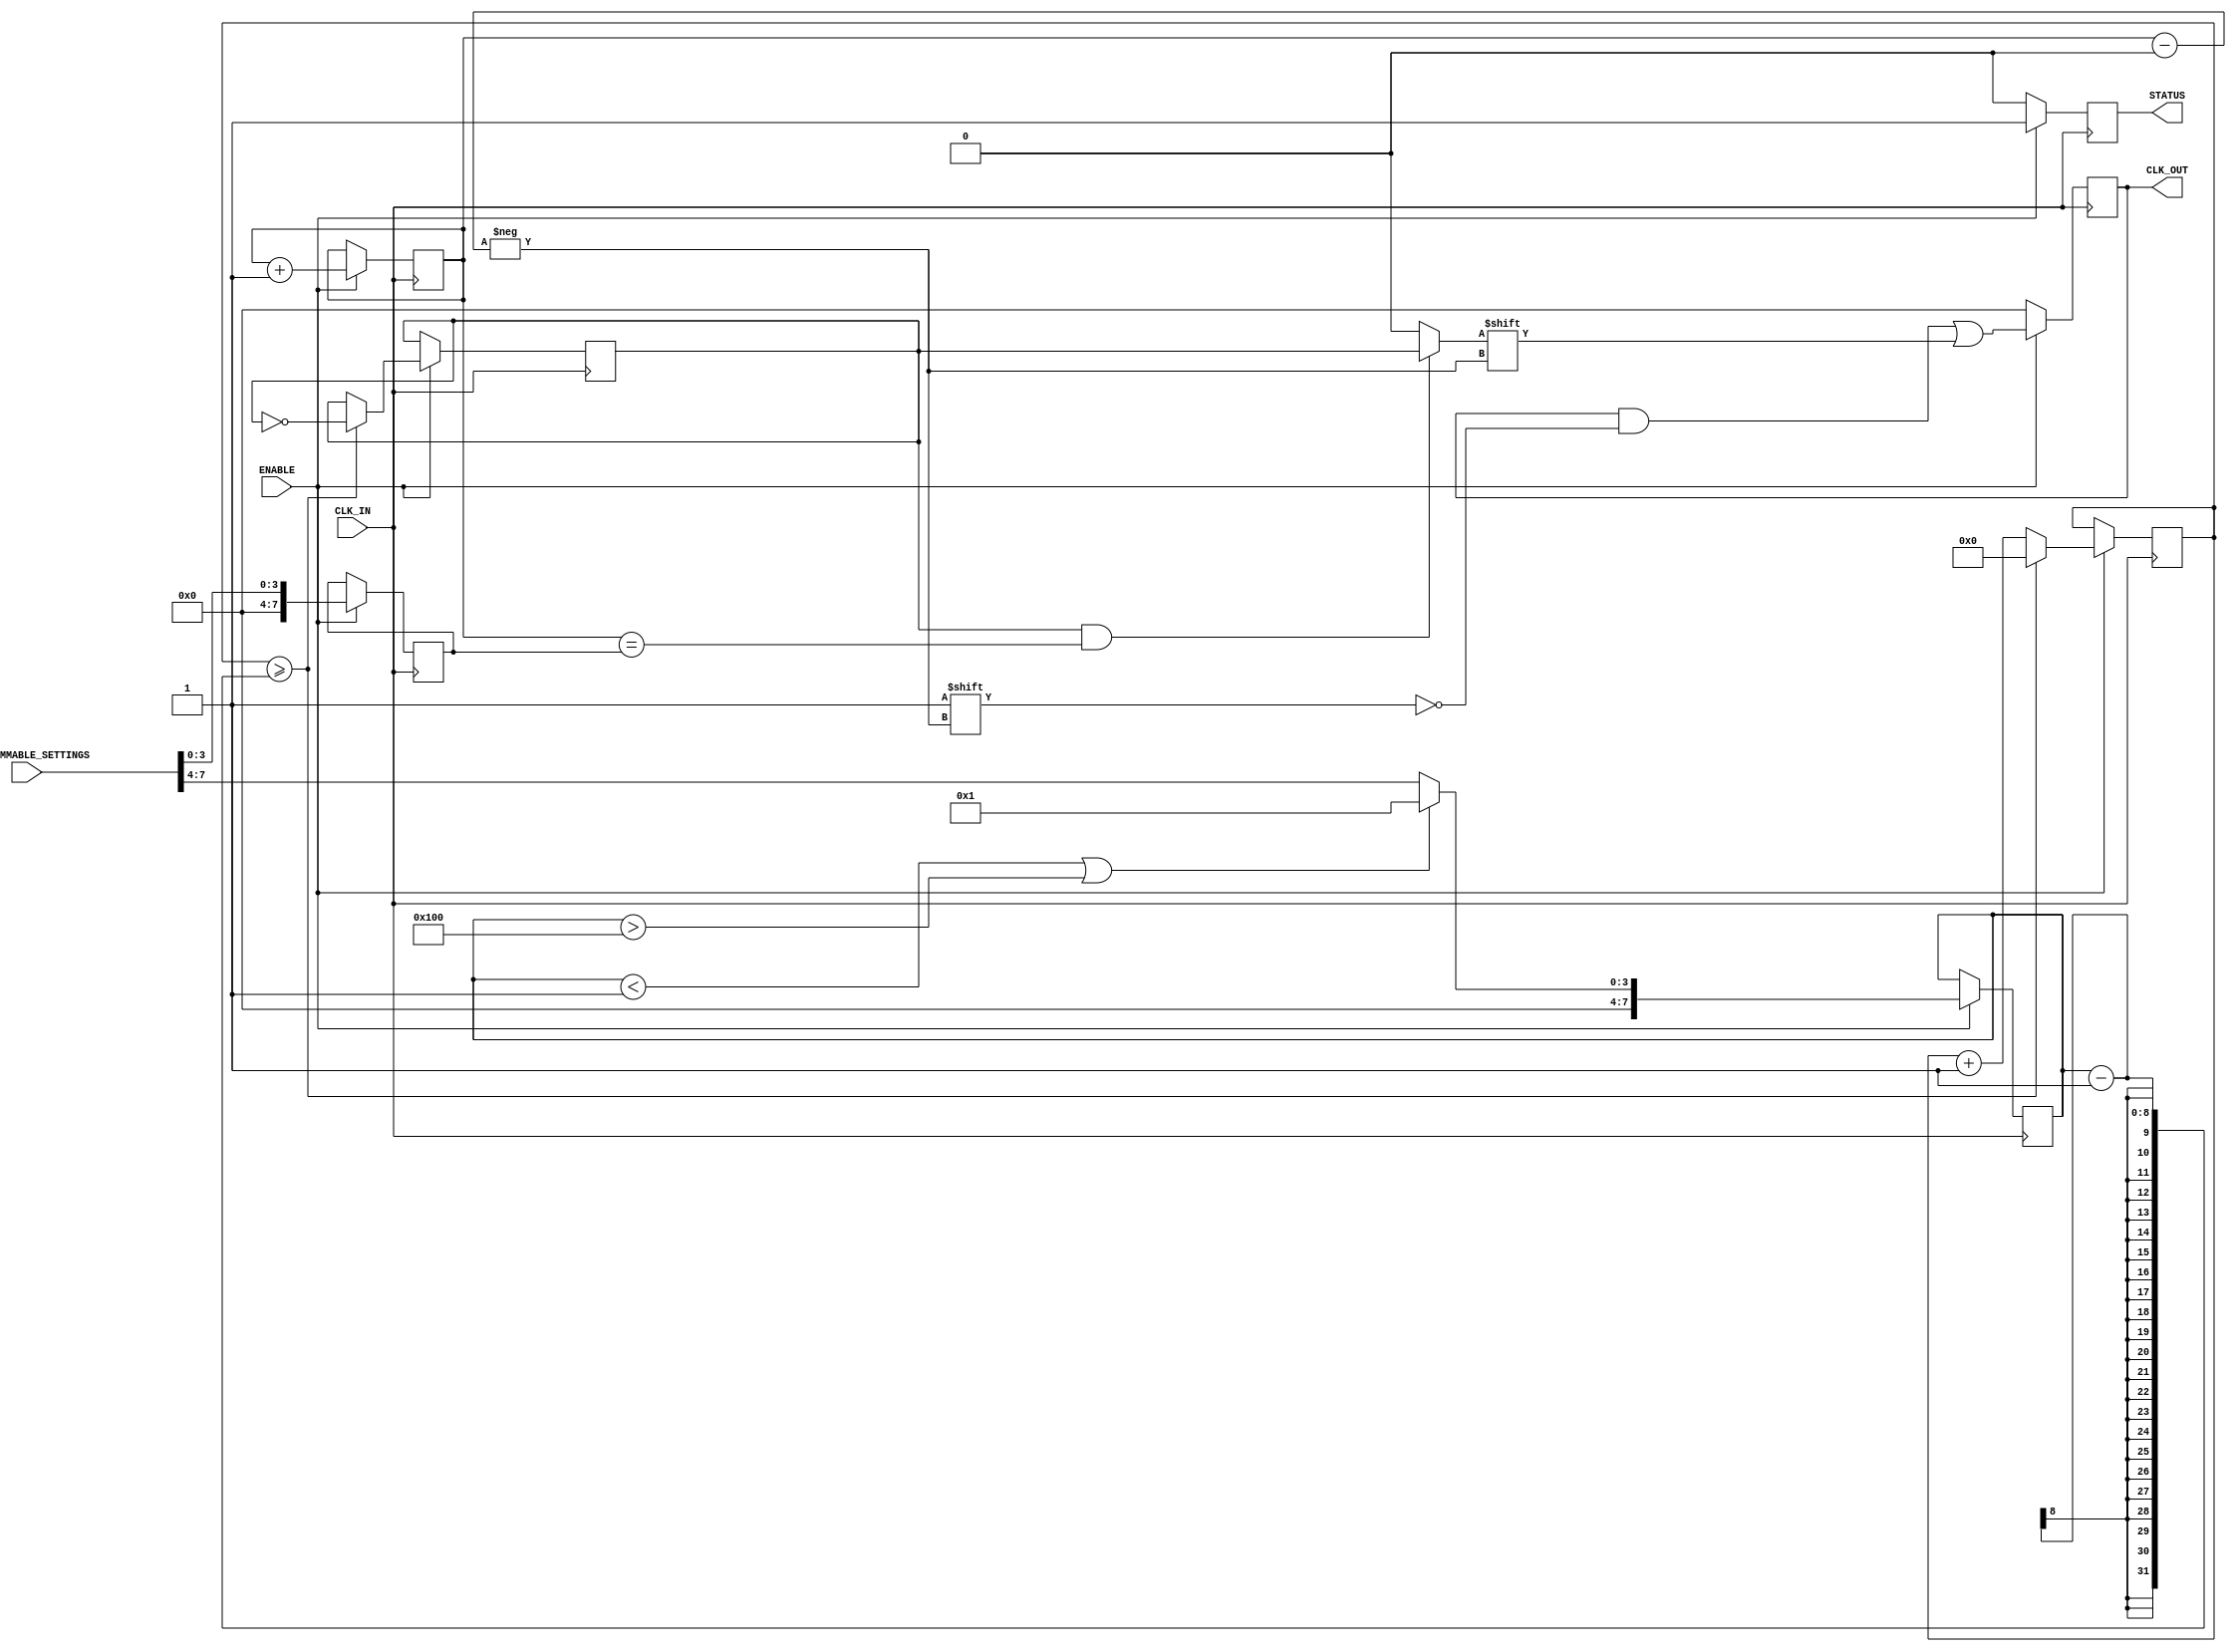
module programmable_clock_buffer (
    input wire CLK_IN,                    // Input clock signal
    input wire [7:0] PROGRAMMABLE_SETTINGS, // Control signals for divider (# of cycles) and phase
    input wire ENABLE,                    // Enable/Disable control
    output reg [3:0] CLK_OUT,             // Output clock signals (4 output)
    output reg STATUS                     // Operational status signal
);
    
    reg [7:0] divider;                   // Variable to hold the division factor
    reg [7:0] count;                     // Counter for clock division
    reg [7:0] phase_shift;               // Phase shift adjustment
    reg clk_div;                         // Divided clock signal
    reg [1:0] state;                     // State variable for clock output
    
    // Parameters
    parameter MAX_DIVIDER = 256;        // Maximum division factor
    parameter MIN_DIVIDER = 1;          // Minimum division factor (not zero)
    
    always @(posedge CLK_IN) begin
        if (ENABLE) begin
            // Parse programmable settings: [7:4] = divider, [3:0] = phase shift
            divider <= PROGRAMMABLE_SETTINGS[7:4];
            phase_shift <= PROGRAMMABLE_SETTINGS[3:0];
            STATUS <= 1; // Indicate that the clock buffer is enabled
            
            // Clock division logic
            if (divider < MIN_DIVIDER || divider > MAX_DIVIDER)
                divider <= MIN_DIVIDER; // Clamp divider to valid range
            
            // Counting for clock division
            count <= count + 1;
            if (count >= (divider - 1)) begin
                clk_div <= ~clk_div; // Toggle divided clock
                count <= 0;          // Reset count
            end
            
            // Phase adjustment logic, applying phase to clk_div
            state <= state + 1; // Rotate through output states
            CLK_OUT[state] <= (clk_div && (state == phase_shift)) ? clk_div : 1'b0; // /* Simple phase shift logic that could be refined */
        end else begin
            // Disable all outputs if not enabled
            CLK_OUT <= 4'b0000; 
            STATUS <= 0; // Indicate that the clock buffer is disabled
        end
    end
endmodule